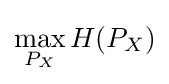
\max _{P_{X}}H(P_{X})